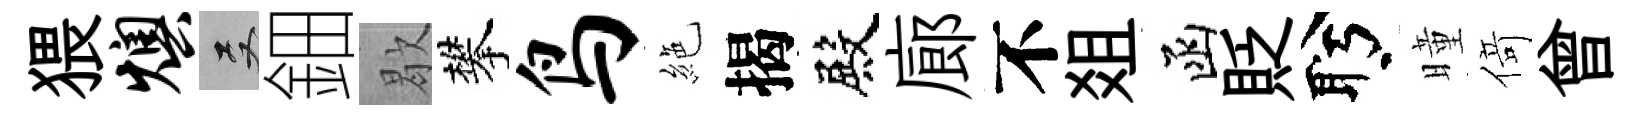
猥燠双鈿歇攀鸟絶揭殿廊不爼函貶盻曈𠋣曾